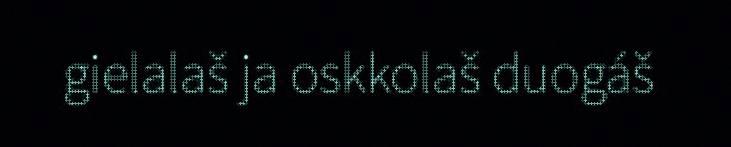
gielalaš ja oskkolaš duogáš